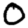
Digit: 0